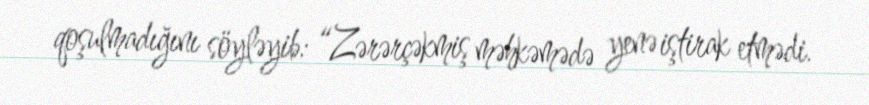
qoşulmadığını söyləyib: “Zərərçəkmiş məhkəmədə yenə iştirak etmədi.